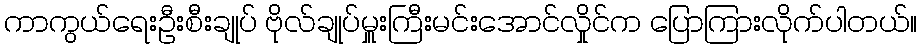
ကာကွယ်ရေးဦးစီးချုပ် ဗိုလ်ချုပ်မှူးကြီးမင်းအောင်လှိုင်က ပြောကြားလိုက်ပါတယ်။